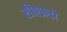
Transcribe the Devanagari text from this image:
सीएफ़डी